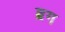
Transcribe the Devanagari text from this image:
ब्रग